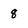
Character: 8